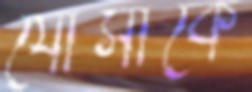
যোসাকে